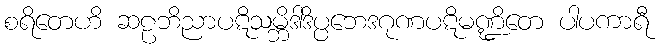
စရိတေဟိ ဆဠဘိညာပဋိသမ္ဘိဒါဒိပ္ပဘေဒဂုဏပဋိမဏ္ဍိတေ ပါပကာရီ